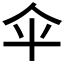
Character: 伞